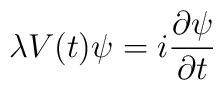
\lambda V(t) \psi = i\frac{\partial\psi}{\partial t}